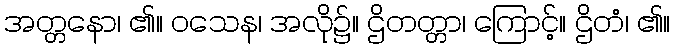
အတ္တနော၊ ၏။ ဝသေန၊ အလို၌။ ဌိတတ္တာ၊ ကြောင့်။ ဌိတံ၊ ၏။